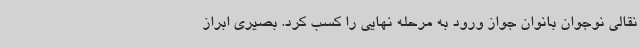
نقالی نوجوان بانوان جواز ورود به مرحله نهایی را کسب کرد. بصیری ابراز